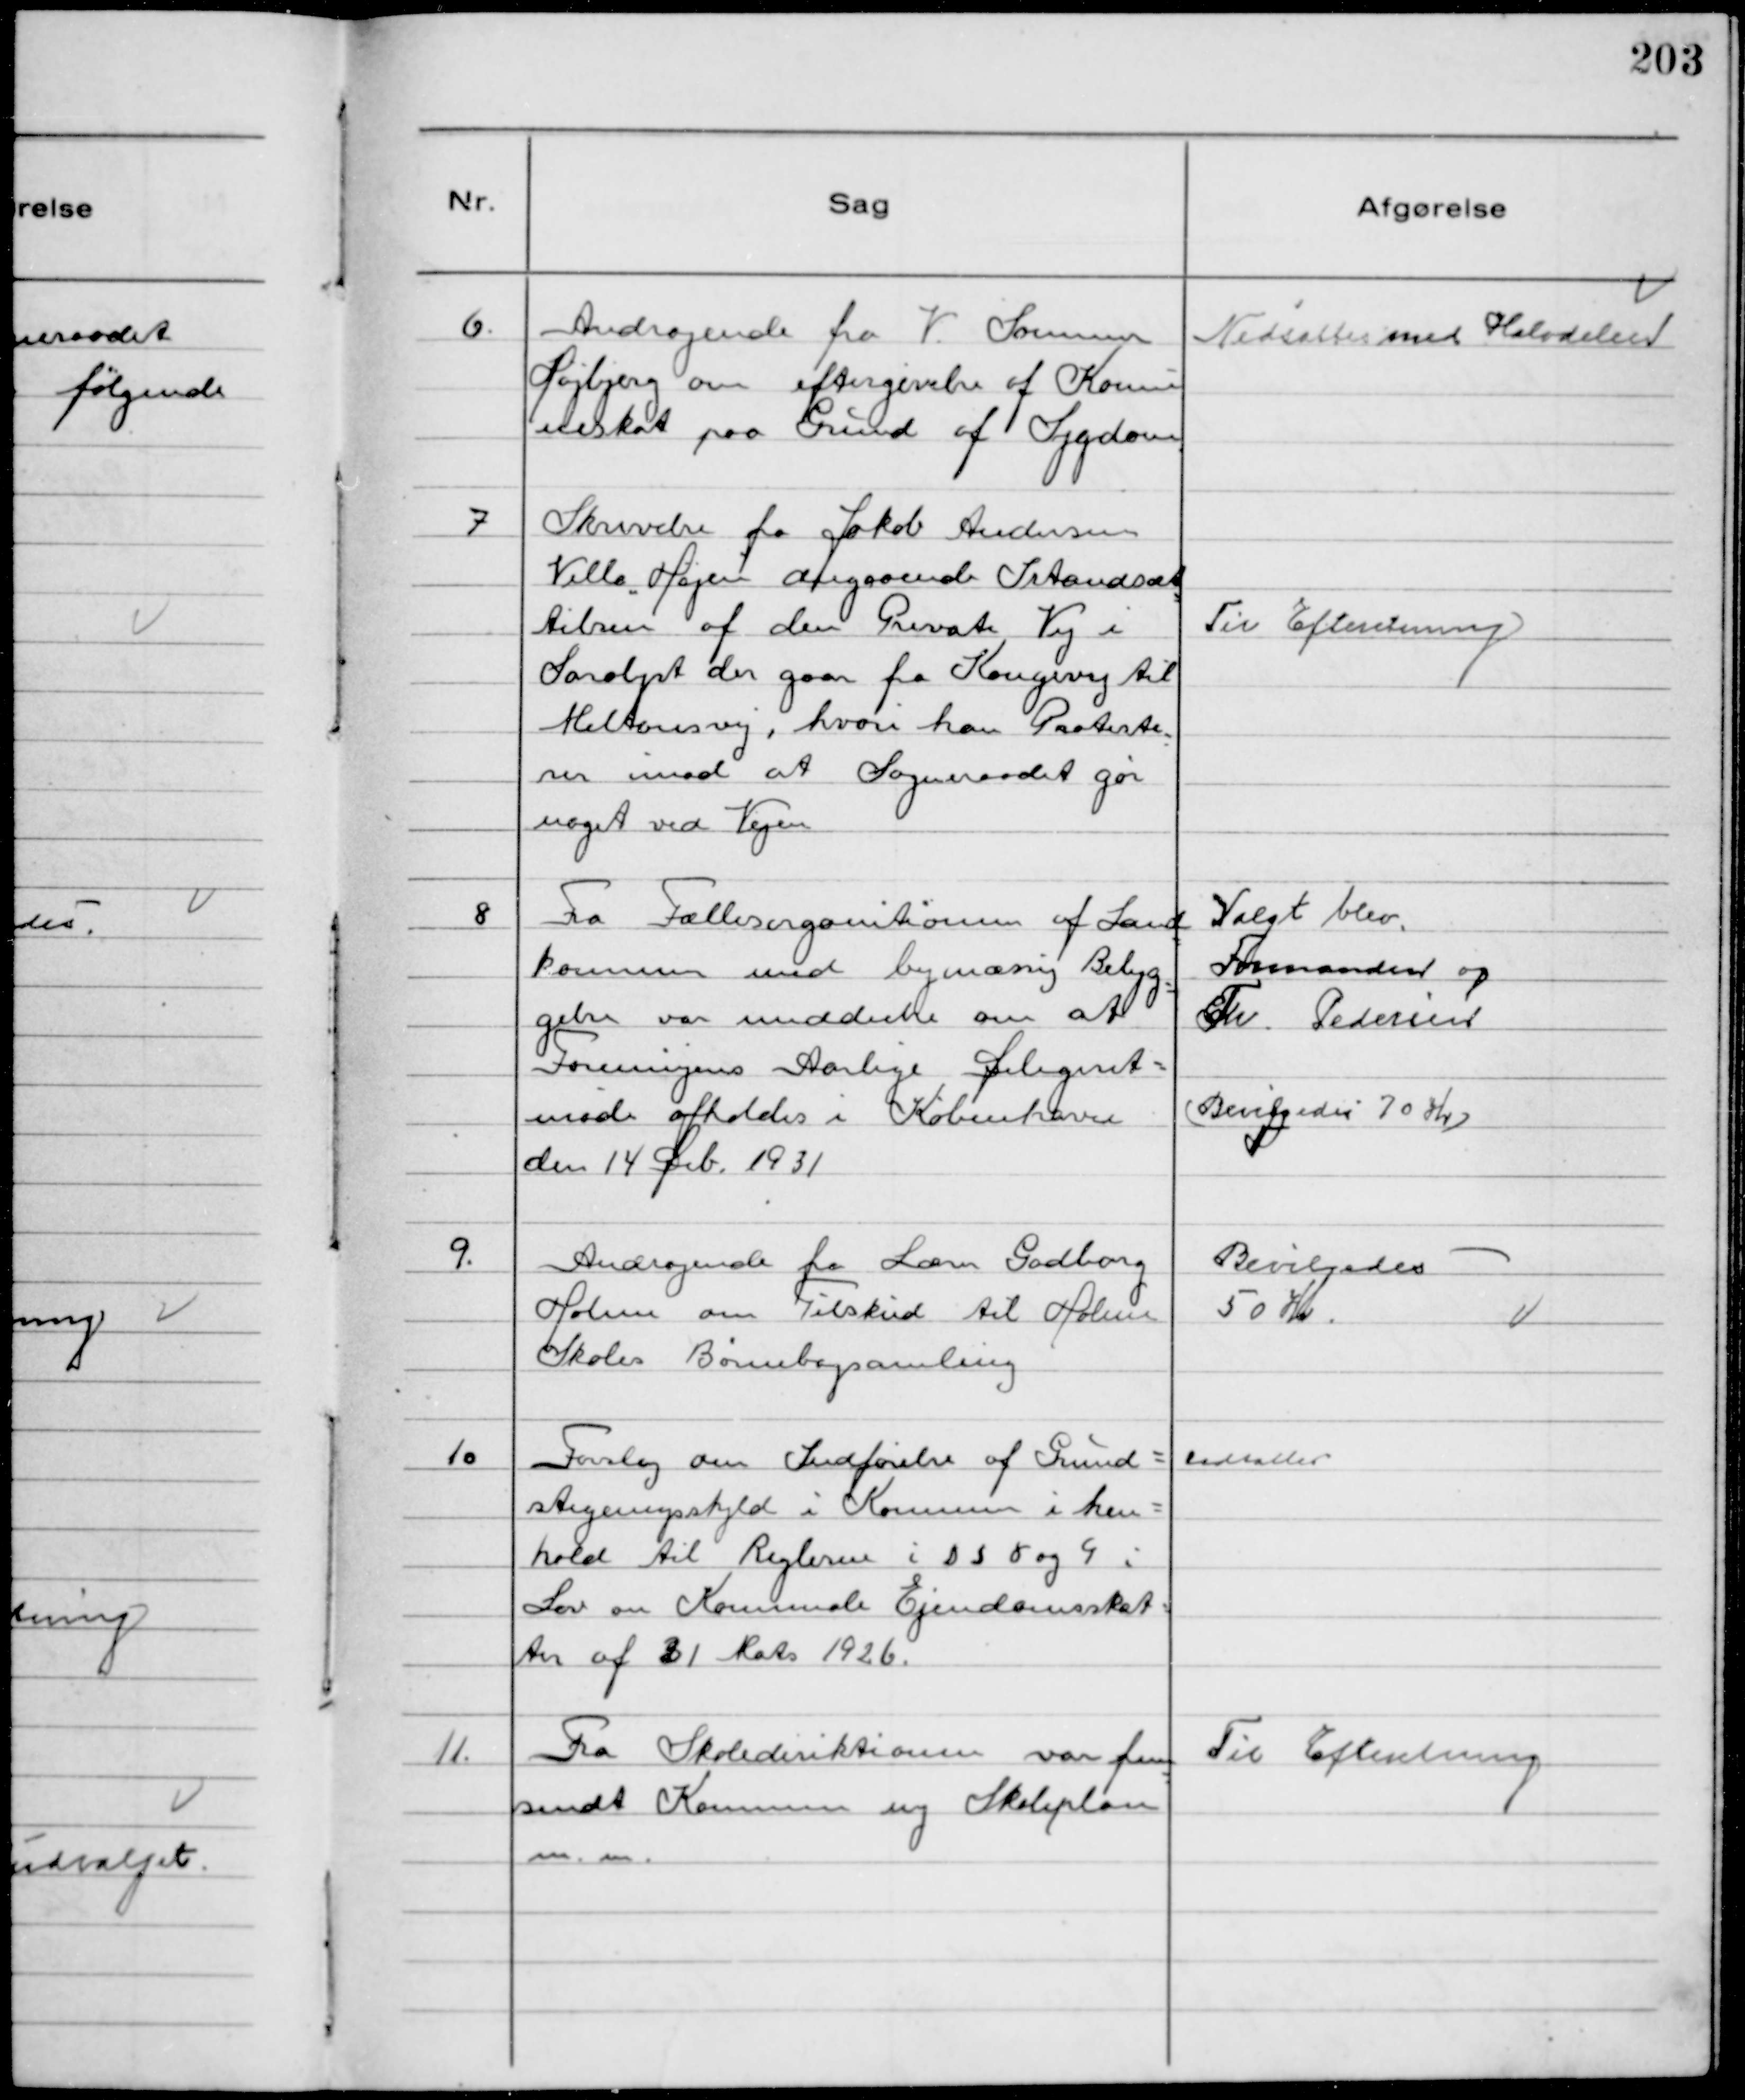
Transskription:
6.
Andragende fra V. Sørensen
Højbjerg om eftergivelse af Kommu
neskat paa Grund af Sygdom

Nedsattes med Halvdelen

7
Skrivelse fra Jakob Andersen
Villa Højen angaaende Istandsæt
telsen af den Private Vej i
Saralyst der gaar fra Kongsvang til
Miltonsvej, hvori han Proteste-
rer imod at Sogneraadet gør
noget ved Vejen

Til Efteretning

8
Fra Fællesorganitionen af Land
kommuner med bymæssig Bebyg-
gelse var meddeelse om at
Foreningens Aarlige Delegeret-
møde afholdes i København
den 14 Deb. 1931

Valgt blev
Formanden og
Th. Pedersen
(Bevilgedes 70 Kr)

9.
Andragende fra Lærer Gadborg
Holme om Tilskud til Holme
Skoles Børnebogsamling

Bevilgedes
50 Kr.

10
Forslag om Indførelse af Grund-
stigningsskyld i Kommunen i hen-
hold til Reglerne i D S 8 og 9 i
Lov om Kommunale Ejendomsskat-
ter af 31 Mats 1926.

udsattes

11.
Fra Skolediriktionen var frem
sendt Kommune og Skoleplan
m.m.

Til Efteretning